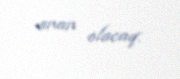
anan olacaq.